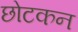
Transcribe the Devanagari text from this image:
छोटकन